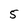
Character: 5